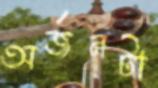
অর্জনটা